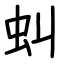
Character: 虯